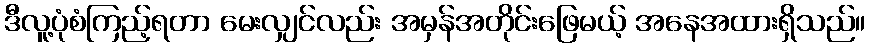
ဒီလူ့ပုံစံကြည့်ရတာ မေးလျှင်လည်း အမှန်အတိုင်းဖြေမယ့် အနေအထားရှိသည်။